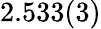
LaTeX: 2.533(3)